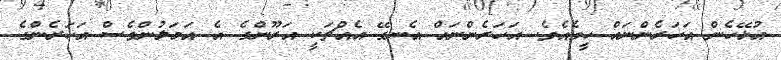
އުޅޭހެން އަހަރެންނައް ހީވެއެވެ. އަހަރެންނައް އެނގޭ އެއްޗަކީ އަރޫންގެ އެ އަމަލުންވެސް އަހަރެންގެ